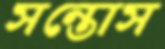
সন্তোস